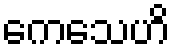
ကေသေဟိ